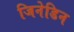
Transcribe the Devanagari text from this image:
जिनेडिन